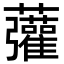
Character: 虇